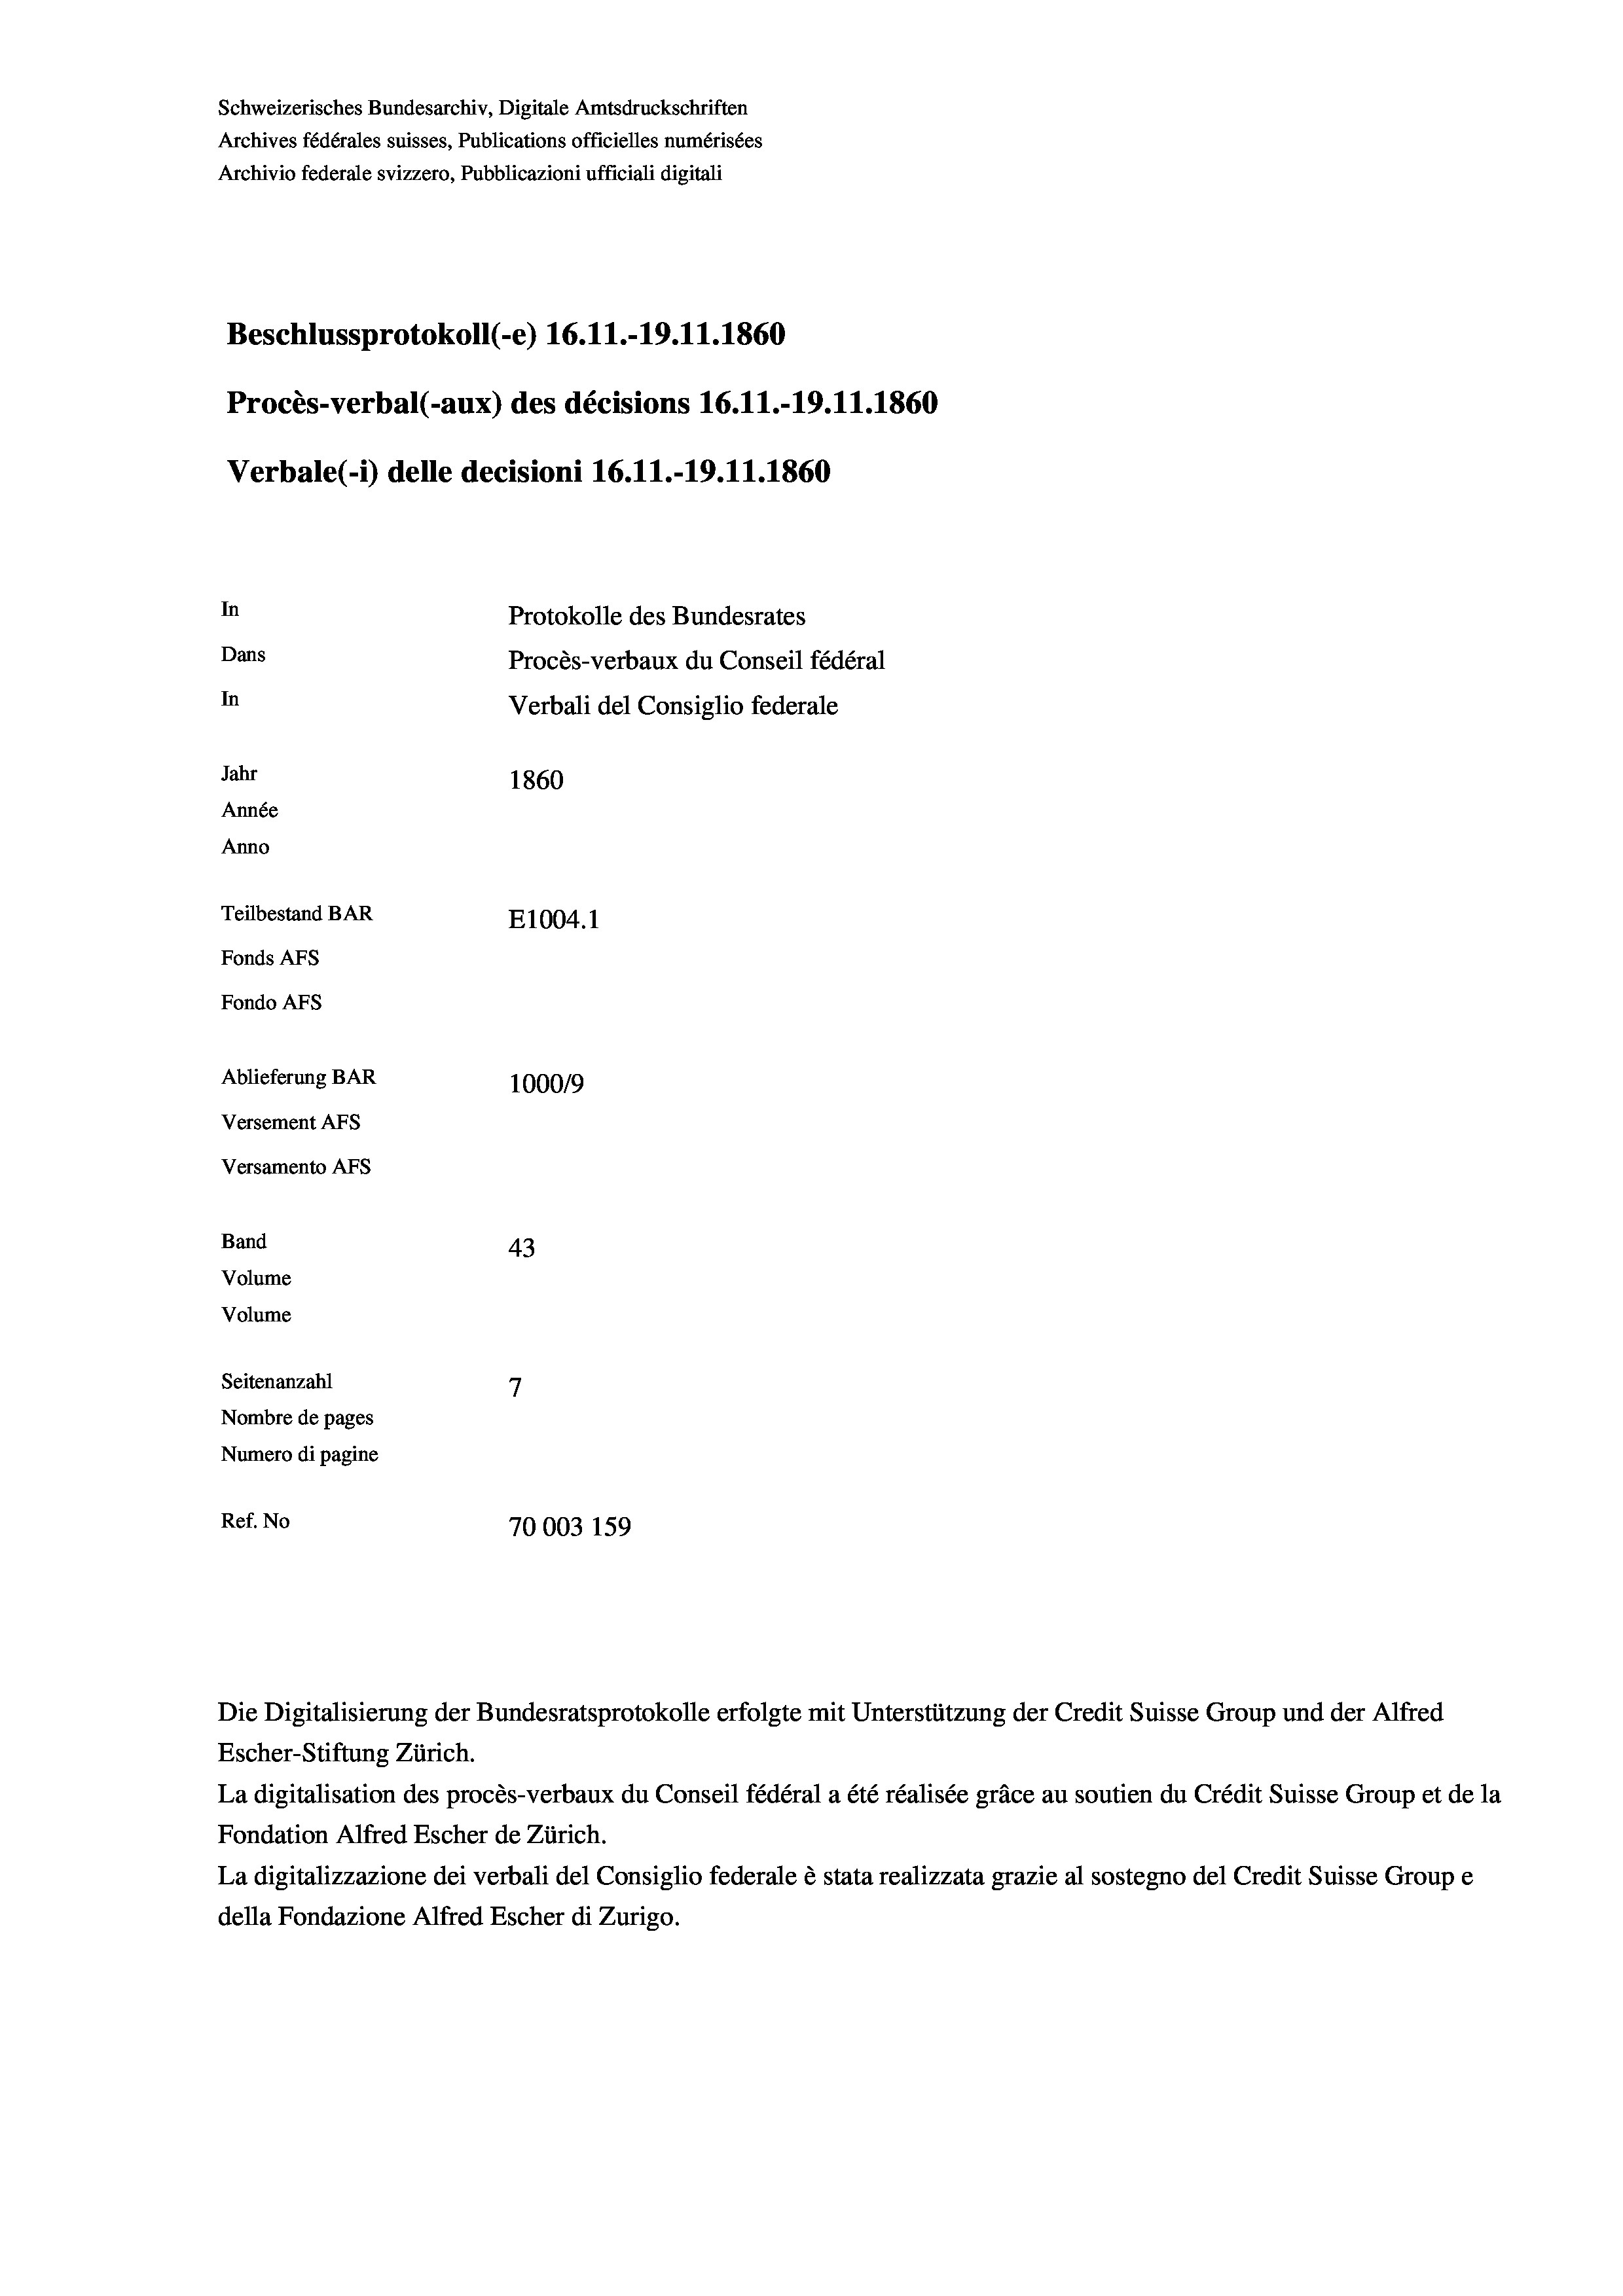
Schweizerisches Bundesarchiv, Digitale Amtsdruckschriften
Archives fédérales suisses, Publications officielles numérisées
Archivio federale svizzero, Pubblicazioni ufficiali digitali
Beschlussprotokoll (-e) 16.11.-19.11.1860
Procès-verbal (-aux) des décisions 16.11.-19.11.1860
Verbale(-*) delle decisioni 16.11.-19.11.1860
In
Protokolle des Bundesrates
Dans
Procès-verbaux du Conseil fédéral
In
Verbali del Consiglio federale
Jahr
1860
Année
Anno
Teilbestand BAR
E1004.1
Fonds AFs
Fondo AFS
Ablieferung BAR
100019
Versement AFs
Versamento AFs
Band
43
Volume

7
Seitenanzahl
Nombre de pages
Numero di pagine
Ref. No
70003 159

Volume

La digitalisation des procès-verbaux du Conseil fédéral a été réalisée gräce au soutien du Crédit Suisse Group et de la
Fondation Alfred Escher de Zürich.
La digitalizzazione dei verbali del Consiglio federale è stata realizzata grazie al sostegno del Credit Suisse Groupe
della Fondazione Alfred Escher di Zurigo.

Die Digitalisierung der Bundesratsprotokolle erfolgte mit Unterstützung der Credit Suisse Group und der Alfred
Escher-Stiftung Zürich.